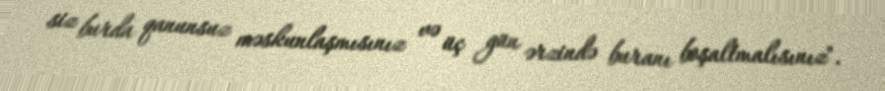
siz burda qanunsuz məskunlaşmısınız və üç gün ərzində buranı boşaltmalısınız".